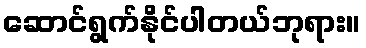
ဆောင်ရွက်နိုင်ပါတယ်ဘုရား။